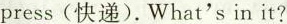
press(快递). What's in it ?